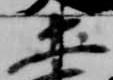
土